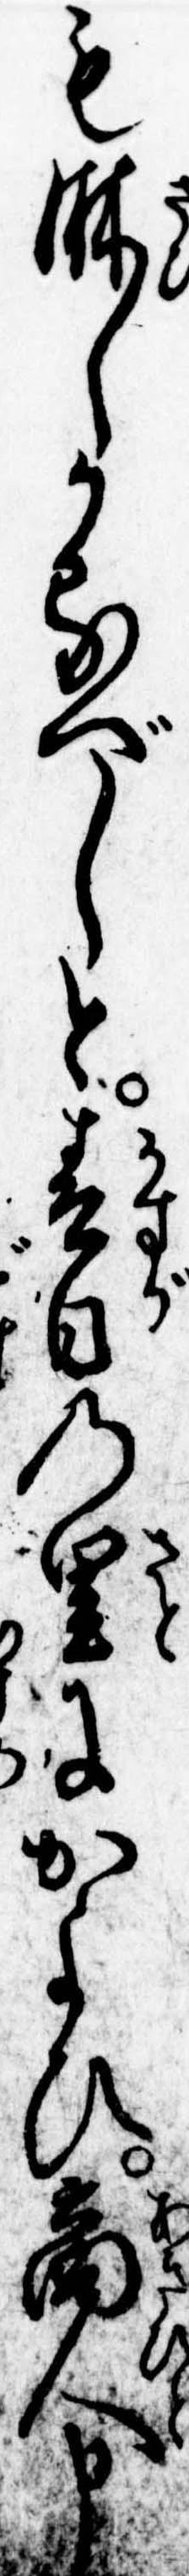
も淋しかるべしと春日の里にかよひ商人申